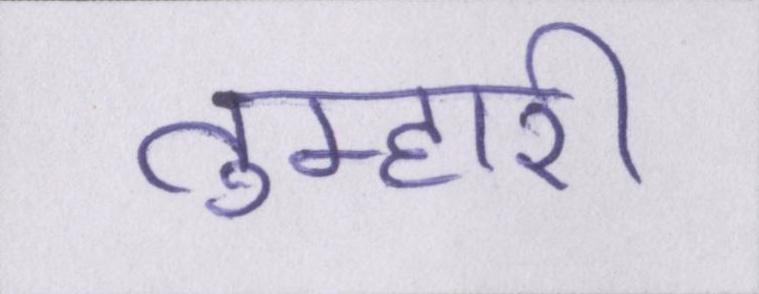
तुम्हारी